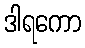
ဒါရကော